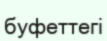
буфеттегі